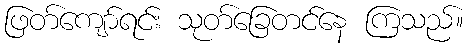
ဖြတ်ကျော်ရင်း သုတ်ခြေတင်နေ ကြသည်။